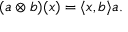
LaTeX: ( a \otimes b ) ( x ) = \langle x , b \rangle a .